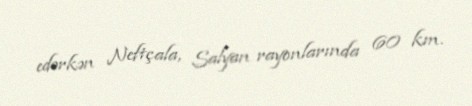
edərkən Neftçala, Salyan rayonlarında 60 km.